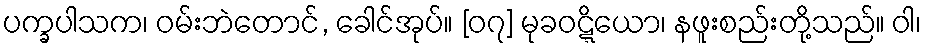
ပက္ခပါသက၊ ဝမ်းဘဲတောင်, ခေါင်အုပ်။ [၀၇] မုခဝဋ္ဋိယော၊ နဖူးစည်းတို့သည်။ ဝါ၊